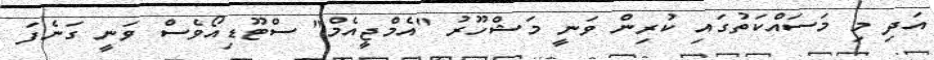
އަދި މި މަސައްކަތުގައި ކުރިން ވަނީ މަޝްހޫރު "އެމްޖީއެމް" ސްޓޫޑިއޯވެސް ވަނީ ގަނެފަ